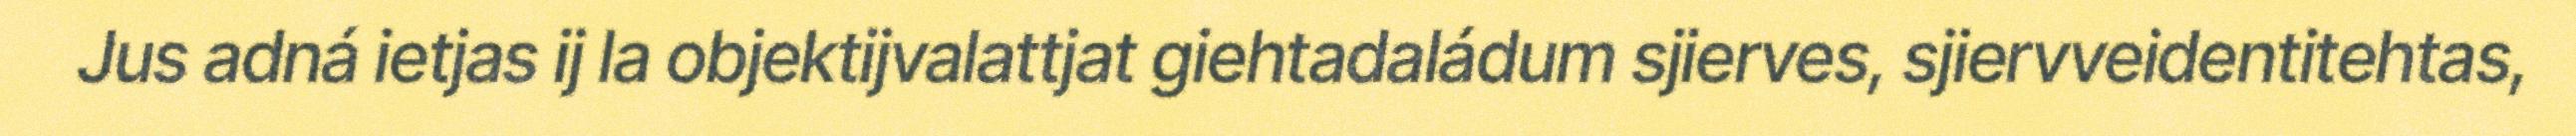
Jus adná ietjas ij la objektijvalattjat giehtadaládum sjierves, sjiervveidentitehtas,